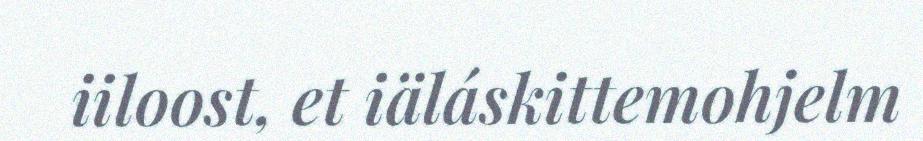
iiloost, et iäláskittemohjelm